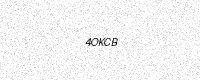
Text: 4OKCB